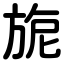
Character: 旎